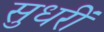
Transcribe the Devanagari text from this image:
सुधरीं